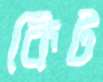
কিট